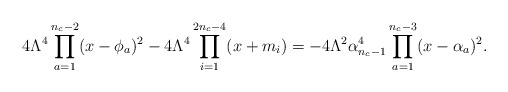
\begin{align*}4\Lambda^{4} \prod_{a=1}^{n_{c}-2} (x-\phi_{a})^{2} - 4\Lambda^{4}\prod_{i=1}^{2n_{c}-4}(x+m_{i}) = - 4\Lambda^{2} \alpha_{n_{c}-1}^{4} \prod_{a=1}^{n_{c}-3} (x-\alpha_{a})^{2}. \end{align*}